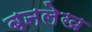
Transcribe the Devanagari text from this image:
बनलेख